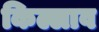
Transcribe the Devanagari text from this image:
किल्लाव